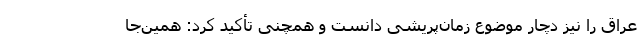
عراق را نیز دچار موضوع زمان‌پریشی دانست و همچنی تأکید کرد: همین‌جا